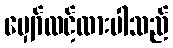
မျှော်လင့်ထားပါသည်